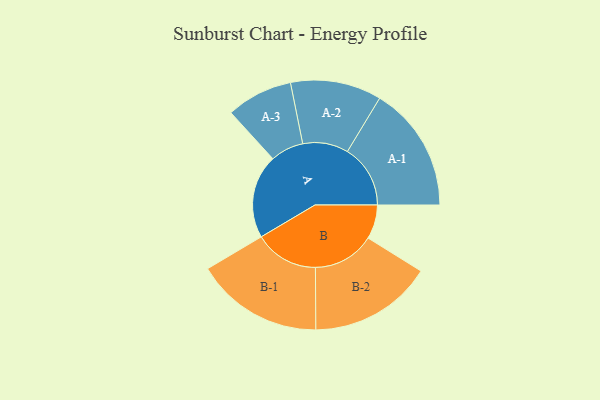
{"axis": {"x": "Segment", "y": "Value"}, "legend": ["", "A", "B"], "data": [{"x": "A", "y": 346, "type": ""}, {"x": "B", "y": 141, "type": ""}, {"x": "A-1", "y": 260, "type": "A"}, {"x": "A-2", "y": 188, "type": "A"}, {"x": "A-3", "y": 137, "type": "A"}, {"x": "B-1", "y": 264, "type": "B"}, {"x": "B-2", "y": 255, "type": "B"}]}